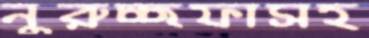
নুরুচ্ছফাসহ